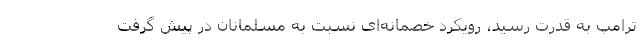
ترامپ به قدرت رسید، رویکرد خصمانه‌ای نسبت به مسلمانان در پیش گرفت